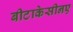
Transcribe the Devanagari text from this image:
बीटाकेसीनए